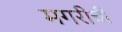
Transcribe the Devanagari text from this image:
मगरीची